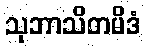
သုဘာသိတမိဒံ